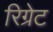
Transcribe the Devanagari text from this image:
रिग्रेट